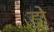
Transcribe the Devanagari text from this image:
ड्रो